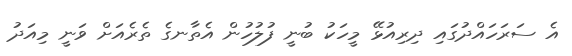
އެ ސަރަހައްދުގައި ދިރިއުޅޭ މީހަކު ބުނީ ފުލުހުން އެތާނގެ ތެރެއަށް ވަނީ މިއަދު